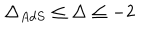
LaTeX: \Delta _ { A d S } \leq \Delta \leq - 2